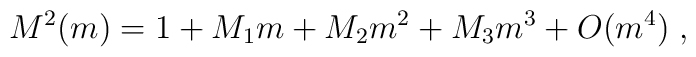
M^2 (m) = 1 + M_1 m + M_2 m^2 + M_3 m^3 + O(m^4) \; ,